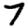
Digit: 7